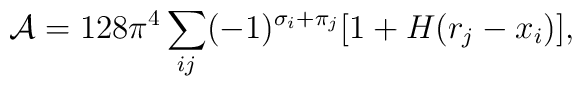
{\cal A}=128 \pi^4 \sum_{ij}(-1)^{\sigma_i+\pi_j}[1+H(r_j-x_i)],